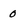
Character: 0